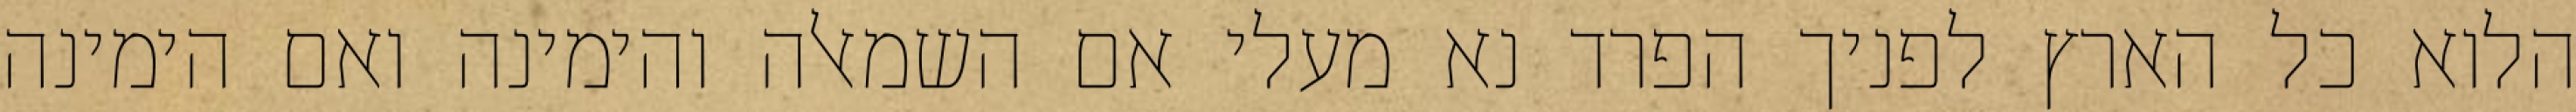
הלוא כל הארץ לפניך הפרד נא מעלי אם השמאלה והימינה ואם הימינה